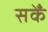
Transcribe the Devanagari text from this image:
सकेँ